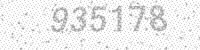
Solution: 935178